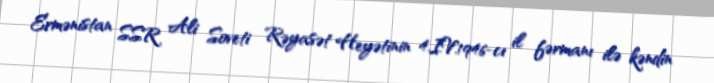
Ermənistan SSR Ali Soveti Rəyasət Heyətinin 4.IV.1946-cı il fərmanı ilə kəndin